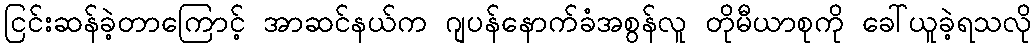
ငြင်းဆန်ခဲ့တာကြောင့် အာဆင်နယ်က ဂျပန်နောက်ခံအစွန်လူ တိုမီယာစုကို ခေါ်ယူခဲ့ရသလို